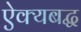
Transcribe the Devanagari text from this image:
ऐक्यबद्ध